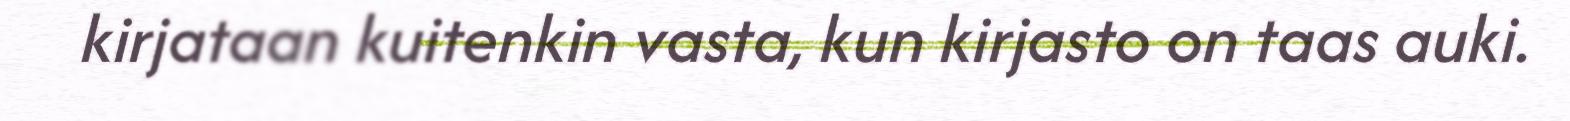
kirjataan kuitenkin vasta, kun kirjasto on taas auki.